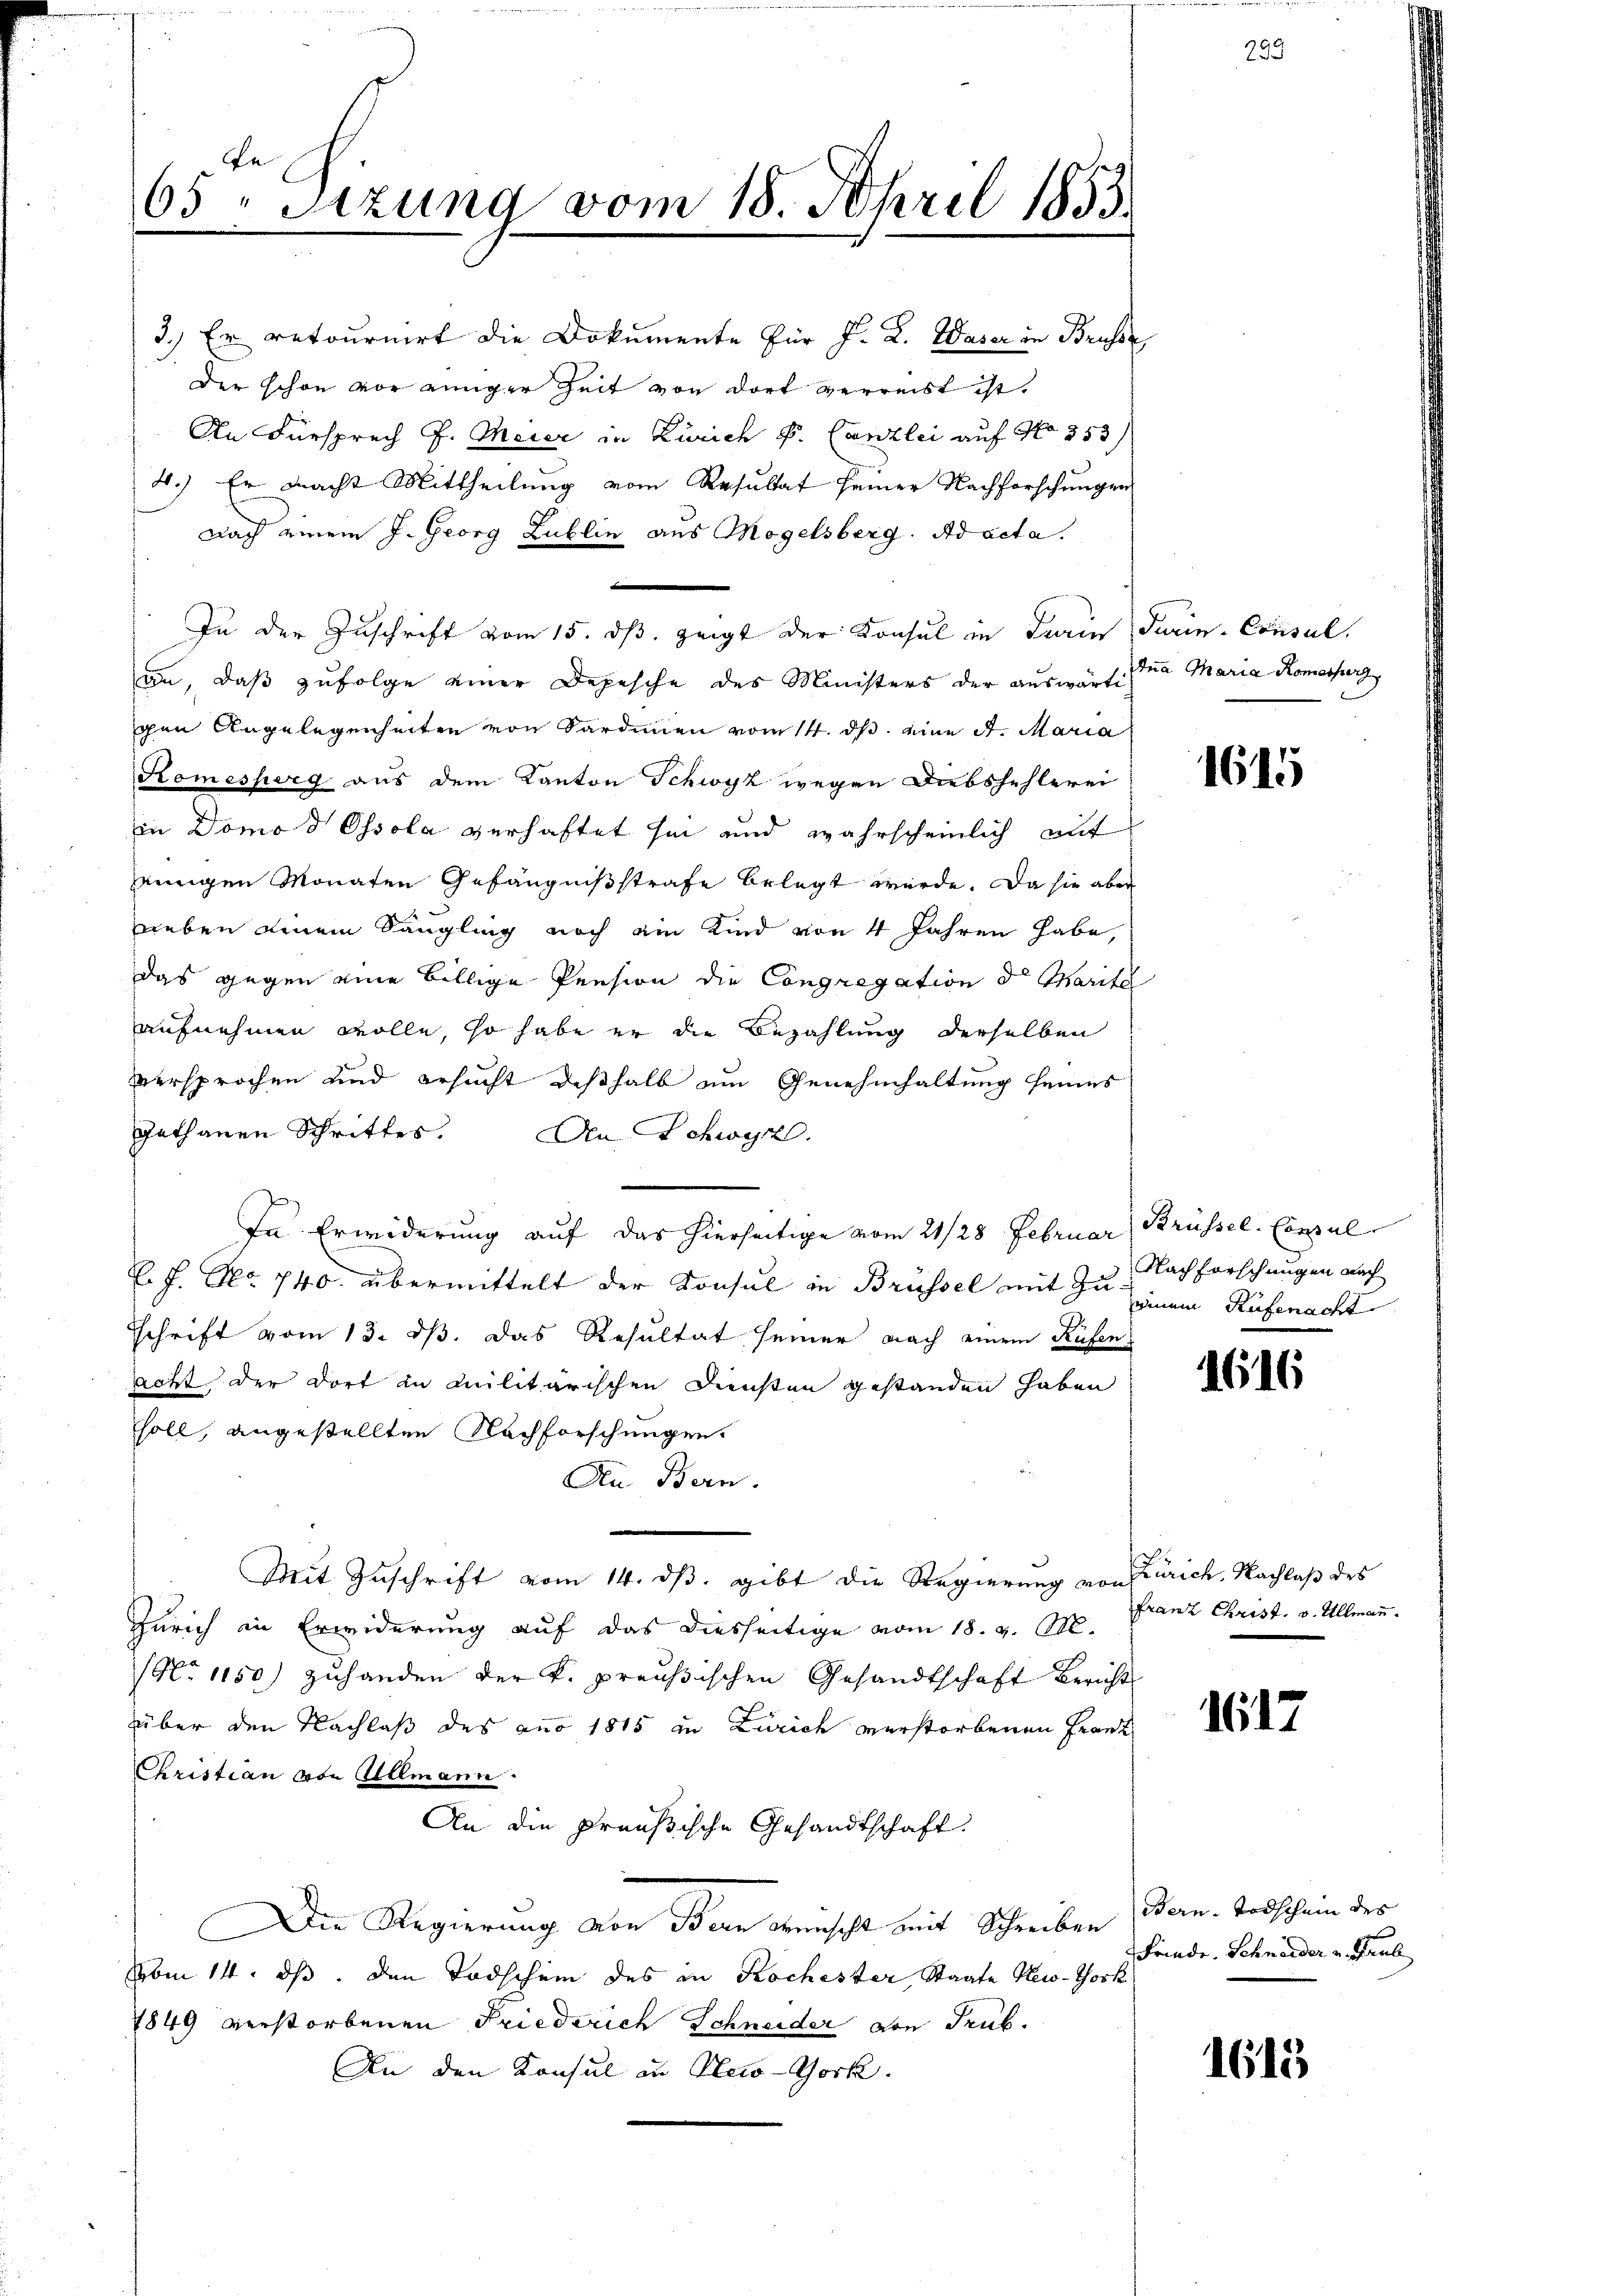
65 " Sizung vom 18. April 1853.

3.) Er retournirt die Dokumente für F. L. Waser in Brüsse
der schon vor einiger Zeit von dort verreist ist.
An Fürsprech J. Meier in Zürich P. Canzlei auf No 853/
4.) Er nacht Mittheilung vom Resultat seiner Nachforschungen
nach einem J. Georg Lublie aus Mogelsberg. Ad acta.
In der Zuschrift vom 15. dβ zeigt der Konsul in Dein Turin-Consul
an, daß zufolge einer Depesche des Ministers der auswärti
chen Angelegenheiten von Sardinen vom 14. ds. eine St. Maria
Komesserg aus dem Kanton Schwyz wegen Diebshehlerei
in Domo d Ossola verhaftet sie und wahrscheinlich auf
einigen Monaten Gefängnißstrafe belegt würde. Da sie aber
neben einem Sängling noch ein Kind von 4 Jahren habe,
das gegen eine billige Pension die Congregation der Mariel
aufnehmen wolle, so habe er die Bezahlung derselben
versprochen und ersucht deßhalb am Genehmhaltung seines
gethanen Schrittes.
Den Schwyz.
In Erwiderung auf das hierseitige vom 21/28 Februar Brüssel. Consul
E. f. No 740 übermittelt der Konsul in Brüssel mit zu einem Rüfenacht
Schrift vom 13. ds. das Resultat seiner nach einem Rüfen
acht, der dort in Militärischen Diensten gestanden haben
soll, angestellten Nachforschungen.
An Bern.
Mit Zuschrift vom 14. ds. gibt die Regierung von Zürich, Nachlaß des
Zürich in Erwiderung auf das diesseitige vom 18. v. M.
No 1150) zuhanden der k. preußischen Gesandtschaft Bericht
über den Nachlaß des aus 1815 in Zürich verstorbenen Frank
Christian von Ullmann.
An die Preußische Gesandtschaft.
Die Regierung von Bern wünscht mit Schreiben (Bern-Todschein des
sben 14. ds. den Todschein des in Kochester Staate New-York
1849 verstorbenen Friederich Schneider von Trub.
An den Konsul in Pleco-York.

Ana Maria Romesserz

1615

Nachforschungen nach

1616

franz Christ. v. Allmann.

1617

Frinde. Schneider v. Paul

1615